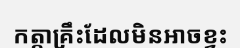
កត្តាគ្រឹះដែលមិនអាចខ្វះ